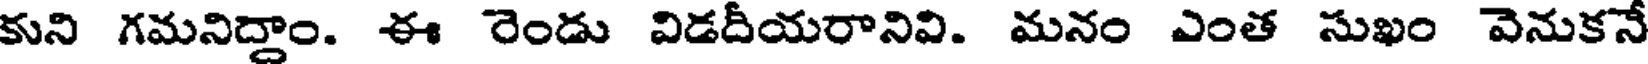
కుని గమనిద్దాం. ఈ రెండు విడదీయరానివి. మనం ఎంత సుఖం వెనుకనే